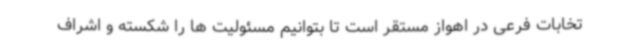
تخابات فرعی در اهواز مستقر است تا بتوانیم مسئولیت ها را شکسته و اشراف